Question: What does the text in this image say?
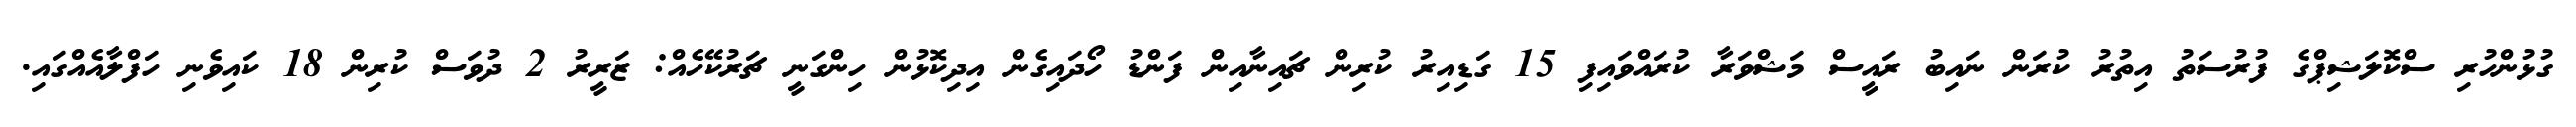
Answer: ގުޅުންހުރި ސްކޮލަޝިޕްގެ ފުރުސަތު އިތުރު ކުރަން ނައިބު ރައީސް މަޝްވަރާ ކުރައްވައިފި 15 ގަޑިއިރު ކުރިން ޗައިނާއިން ފަންޑު ހޯދައިގެން އިދިކޮޅުން ހިންގަނީ ޗަރުކޭހެއް: ޒަރީރު 2 ދުވަސް ކުރިން 18 ކައިވެނި ހަފްލާއެއްގައި.